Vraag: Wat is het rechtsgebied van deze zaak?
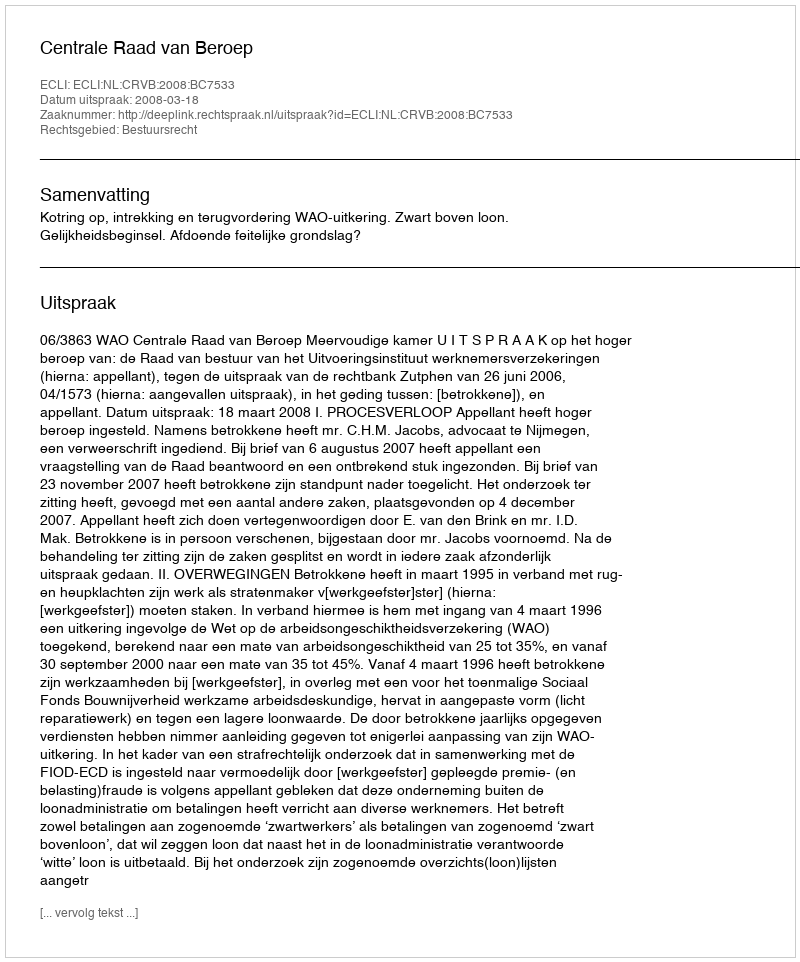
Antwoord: Bestuursrecht